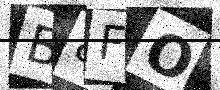
Text: B8FO